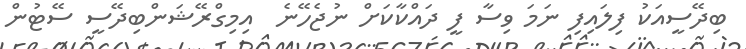
ބިދޭސީއަކު ފިލައިފި ނަމަ ވިސާ ފީ ދައްކާކަށް ނުޖެހޭނެ  އިމިގްރޭޝަންބިދޭސީ ސޭޓުން